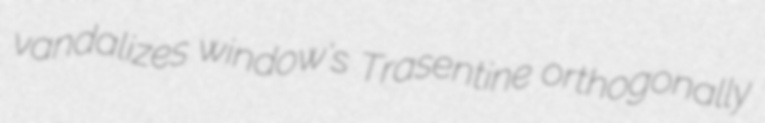
vandalizes window's Trasentine orthogonally